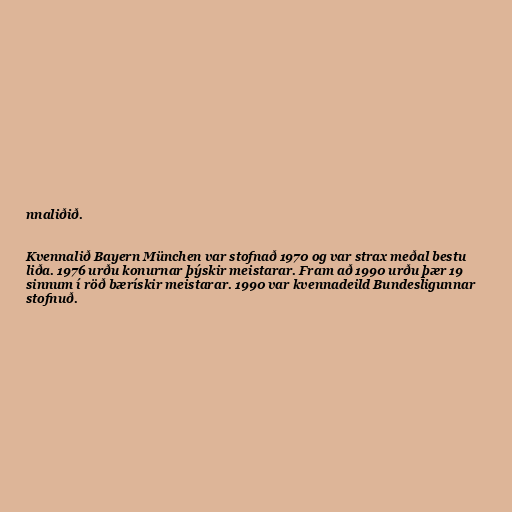
nnaliðið.

Kvennalið Bayern München var stofnað 1970 og var strax meðal bestu
liða. 1976 urðu konurnar þýskir meistarar. Fram að 1990 urðu þær 19
sinnum í röð bærískir meistarar. 1990 var kvennadeild Bundesligunnar
stofnuð.